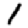
Digit: 1